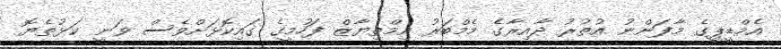
އެމްޑީޕީގެ މާފަންނު އުތުރު ދާއިރާގެ މެމްބަރު އިމްތިޔާޒް ފަހުމީގެ ގައިކޮޅަށްވެސް ވަނީ ކަޅުތެޔޮ